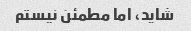
شاید، اما مطمئن نیستم